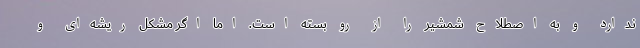
ندارد و به اصطلاح شمشیر را از رو بسته است. اما اگر مشکل ریشه‌ای و